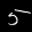
Label: 5